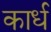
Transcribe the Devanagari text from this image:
कार्ध